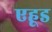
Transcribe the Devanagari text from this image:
एहूड